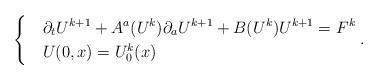
LaTeX: \begin{align*} \begin{cases} & \displaystyle{\partial_t U^{k+1} + A^a(U^k)\partial_a U^{k+1} + B(U^k)U^{k+1} = F^k}\\ & U(0,x)=U_0^k(x) \end{cases}. \end{align*}